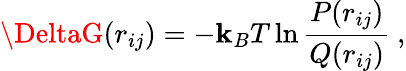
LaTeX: \DeltaG(r_{ij})=-\mathbf{k}_{B}T\ln\frac{{P(r_{ij})}}{{Q(r_{ij})}}~,